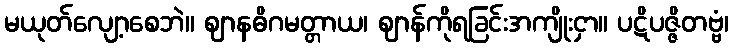
မယုတ်လျော့စေဘဲ။ ဈာနဓိဂမတ္တာယ၊ ဈာန်ကိုရခြင်းအကျိုးငှာ။ ပဋိပဇ္ဇိတဗ္ဗံ၊